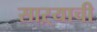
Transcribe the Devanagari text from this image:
साऱ्याची